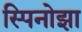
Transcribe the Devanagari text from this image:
स्पिनोझा